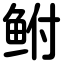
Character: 鲋